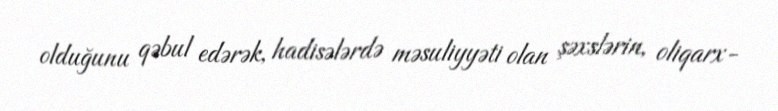
olduğunu qəbul edərək, hadisələrdə məsuliyyəti olan şəxslərin, oliqarx-